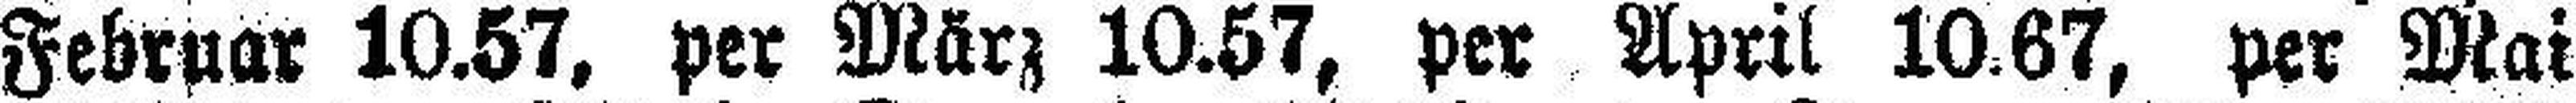
Februar 10.57, per März 10.57, per April 10.67, per Mai